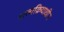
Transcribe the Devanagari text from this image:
शल्यक्रियाधीन